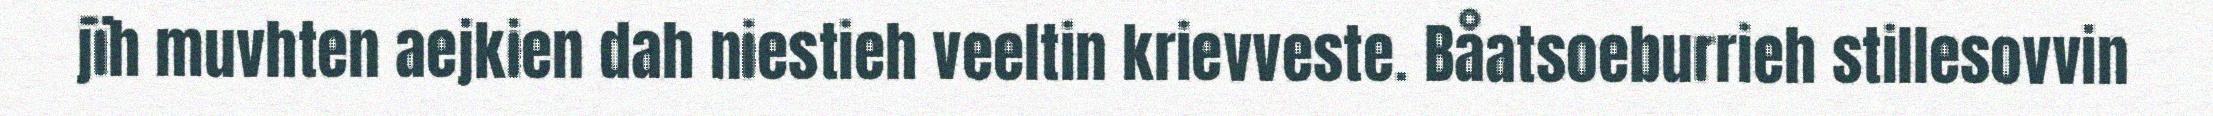
jïh muvhten aejkien dah niestieh veeltin krievveste. Båatsoeburrieh stillesovvin